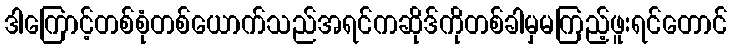
ဒါကြောင့်တစ်စုံတစ်ယောက်သည်အရင်ကဆိုဒ်ကိုတစ်ခါမှမကြည့်ဖူးရင်တောင်